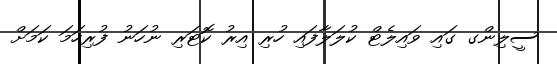
ސީލިންގ ގައި ވައިލެޓް ކުލަލާފައި ހުރި އިރު ކޮޓަރި ނުހަނު ފުރިހަމަ ކަމަށް